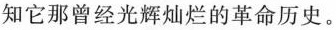
知它那曾经光辉灿烂的革命历史。